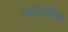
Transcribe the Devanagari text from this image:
लालाटबिंब